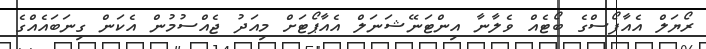
ރޯޔަލް އެއާފޯސްގެ ބޯޓެއް ވެލާނާ އިންޓަނޭޝަނަލް އެއާޕޯޓަށް މިއަދު ޖެއްސުމުން އެކަން ގިނަަބައެއްގެ